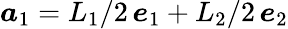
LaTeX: \boldsymbol a_{1}=L_{1}/2\, \boldsymbol e_{1}+L_{2}/2\, \boldsymbol e_{2}